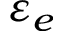
\varepsilon _ { e }